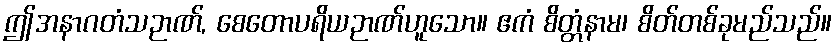
ဤအနာဂတံသဉာဏ်, စေတောပရိယဉာဏ်ဟူသော။ ဧကံ စိတ္တံနာမ၊ စိတ်တစ်ခုမည်သည်။